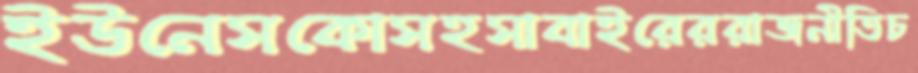
ইউনেসকোসহসাবাইরেররাজনীতিচ